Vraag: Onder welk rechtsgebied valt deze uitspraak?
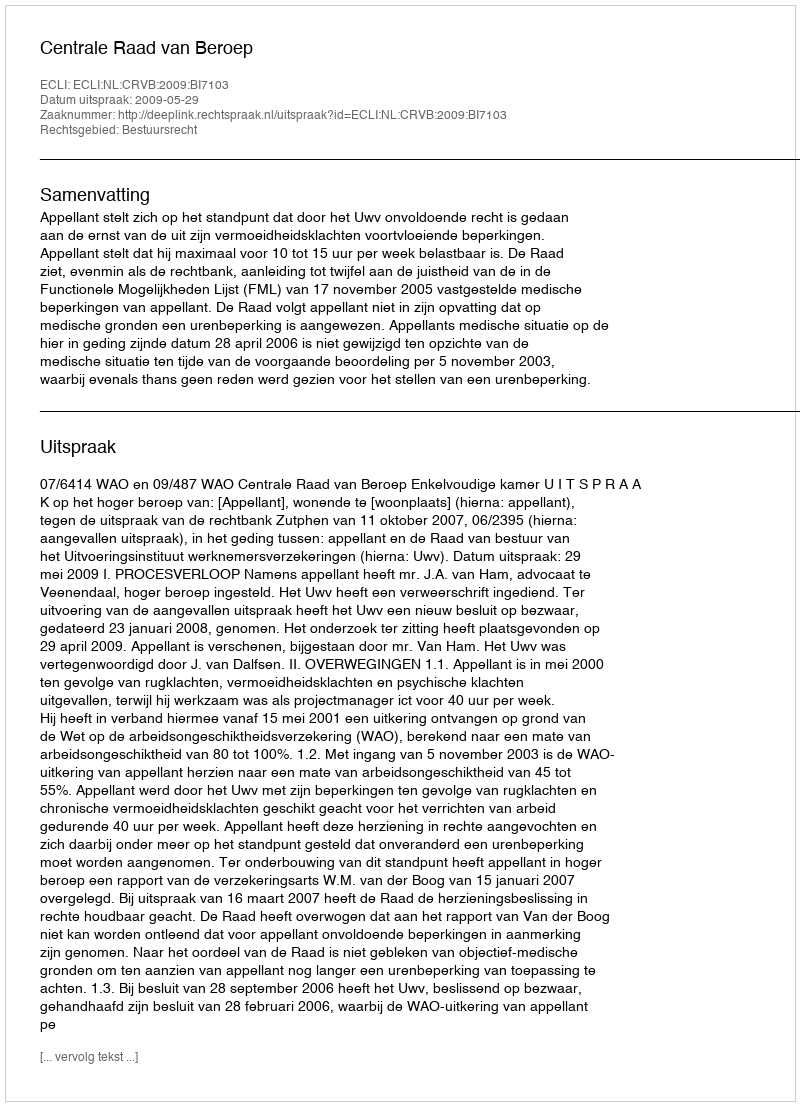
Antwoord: Bestuursrecht